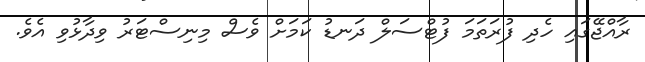
ރާއްޖޭގައި ހެދި ފުރަތަމަ ފުޓްސަލް ދަނޑު ކަމަށް ވެސް މިނިސްޓަރު ވިދާޅުވި އެވެ.